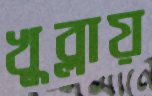
খুব্‌লায়